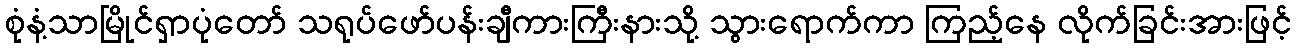
စုံနံ့သာမြိုင်ရှာပုံတော် သရုပ်ဖော်ပန်းချီကားကြီးနားသို့ သွားရောက်ကာ ကြည့်နေ လိုက်ခြင်းအားဖြင့်